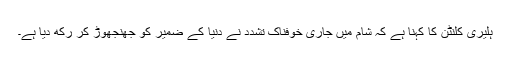
ہلیری کلنٹن کا کہنا ہے کہ شام میں جاری خوفناک تشدد نے دنیا کے ضمیر کو جھنجھوڑ کر رکھ دیا ہے۔